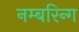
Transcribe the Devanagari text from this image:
नम्बरिन्ग